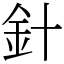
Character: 針